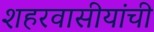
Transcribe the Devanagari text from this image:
शहरवासीयांची